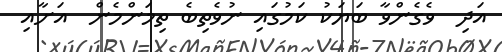
އަދި  ވެގެންވާ ބަޔަކު ކަމުގައި ނުވެތިބެ ތިމަންމެން  އަށާއި